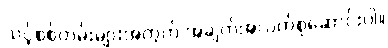
သင့်စစ်တမ်းများအတွက် အချက်အလက်စုဆောင်းပါ။